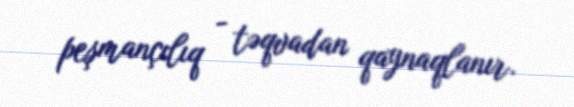
peşmançılıq - təqvadan qaynaqlanır.